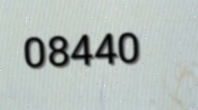
08440